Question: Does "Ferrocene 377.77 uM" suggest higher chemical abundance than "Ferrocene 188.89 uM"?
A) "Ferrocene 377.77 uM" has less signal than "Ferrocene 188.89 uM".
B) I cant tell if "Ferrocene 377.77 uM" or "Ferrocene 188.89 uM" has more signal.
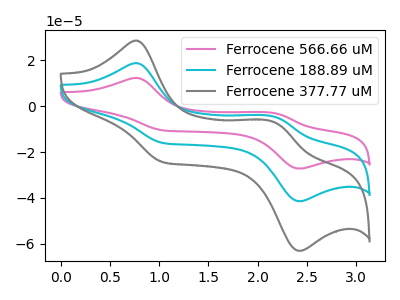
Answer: <think>The pink curve "Ferrocene 566.66 uM" has anodic peaks at (0.75V, 37.55uA) (2.15V, -9.30uA) and cathodic peaks at (1.05V, -32.00uA) (2.40V, -82.85uA). The cyan curve "Ferrocene 188.89 uM" has anodic peaks at (0.75V, 18.80uA) (2.15V, -4.65uA) and cathodic peaks at (1.05V, -16.00uA) (2.40V, -41.40uA). The gray curve "Ferrocene 377.77 uM" has anodic peaks at (0.75V, 28.60uA) (2.15V, -7.10uA) and cathodic peaks at (1.05V, -24.40uA) (2.40V, -63.05uA).
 All the peaks in "Ferrocene 377.77 uM" have a peak in "Ferrocene 188.89 uM" at the same potential.</think>
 <answer>B) I cant tell if "Ferrocene 377.77 uM" or "Ferrocene 188.89 uM" has more signal.</answer>
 <eval>B</eval>